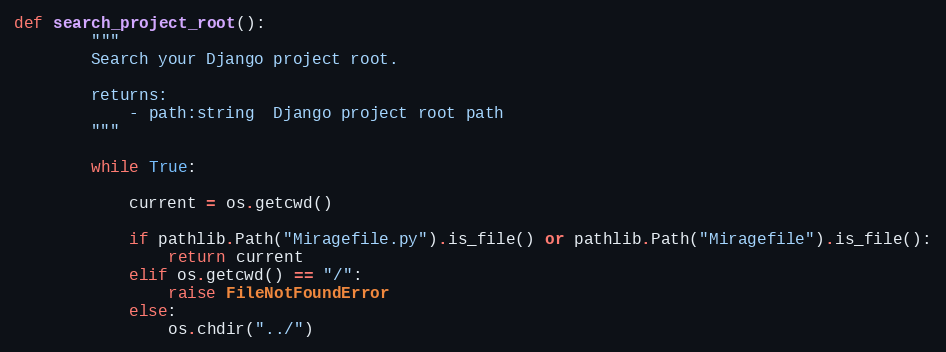
Language: Python
def search_project_root():
        """
        Search your Django project root.

        returns:
            - path:string  Django project root path
        """

        while True:

            current = os.getcwd()

            if pathlib.Path("Miragefile.py").is_file() or pathlib.Path("Miragefile").is_file():
                return current
            elif os.getcwd() == "/":
                raise FileNotFoundError
            else:
                os.chdir("../")